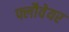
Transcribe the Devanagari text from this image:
फ्लौवेयर